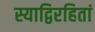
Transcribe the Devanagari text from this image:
स्याद्विरहितां